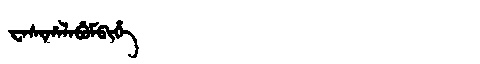
Manchu: ᠸᠠᠰᡳᡥᠠᠯᠠᠪᡠᠮᠪᡳᡥᡝ
Romanization: WASIHALABUMBIHE